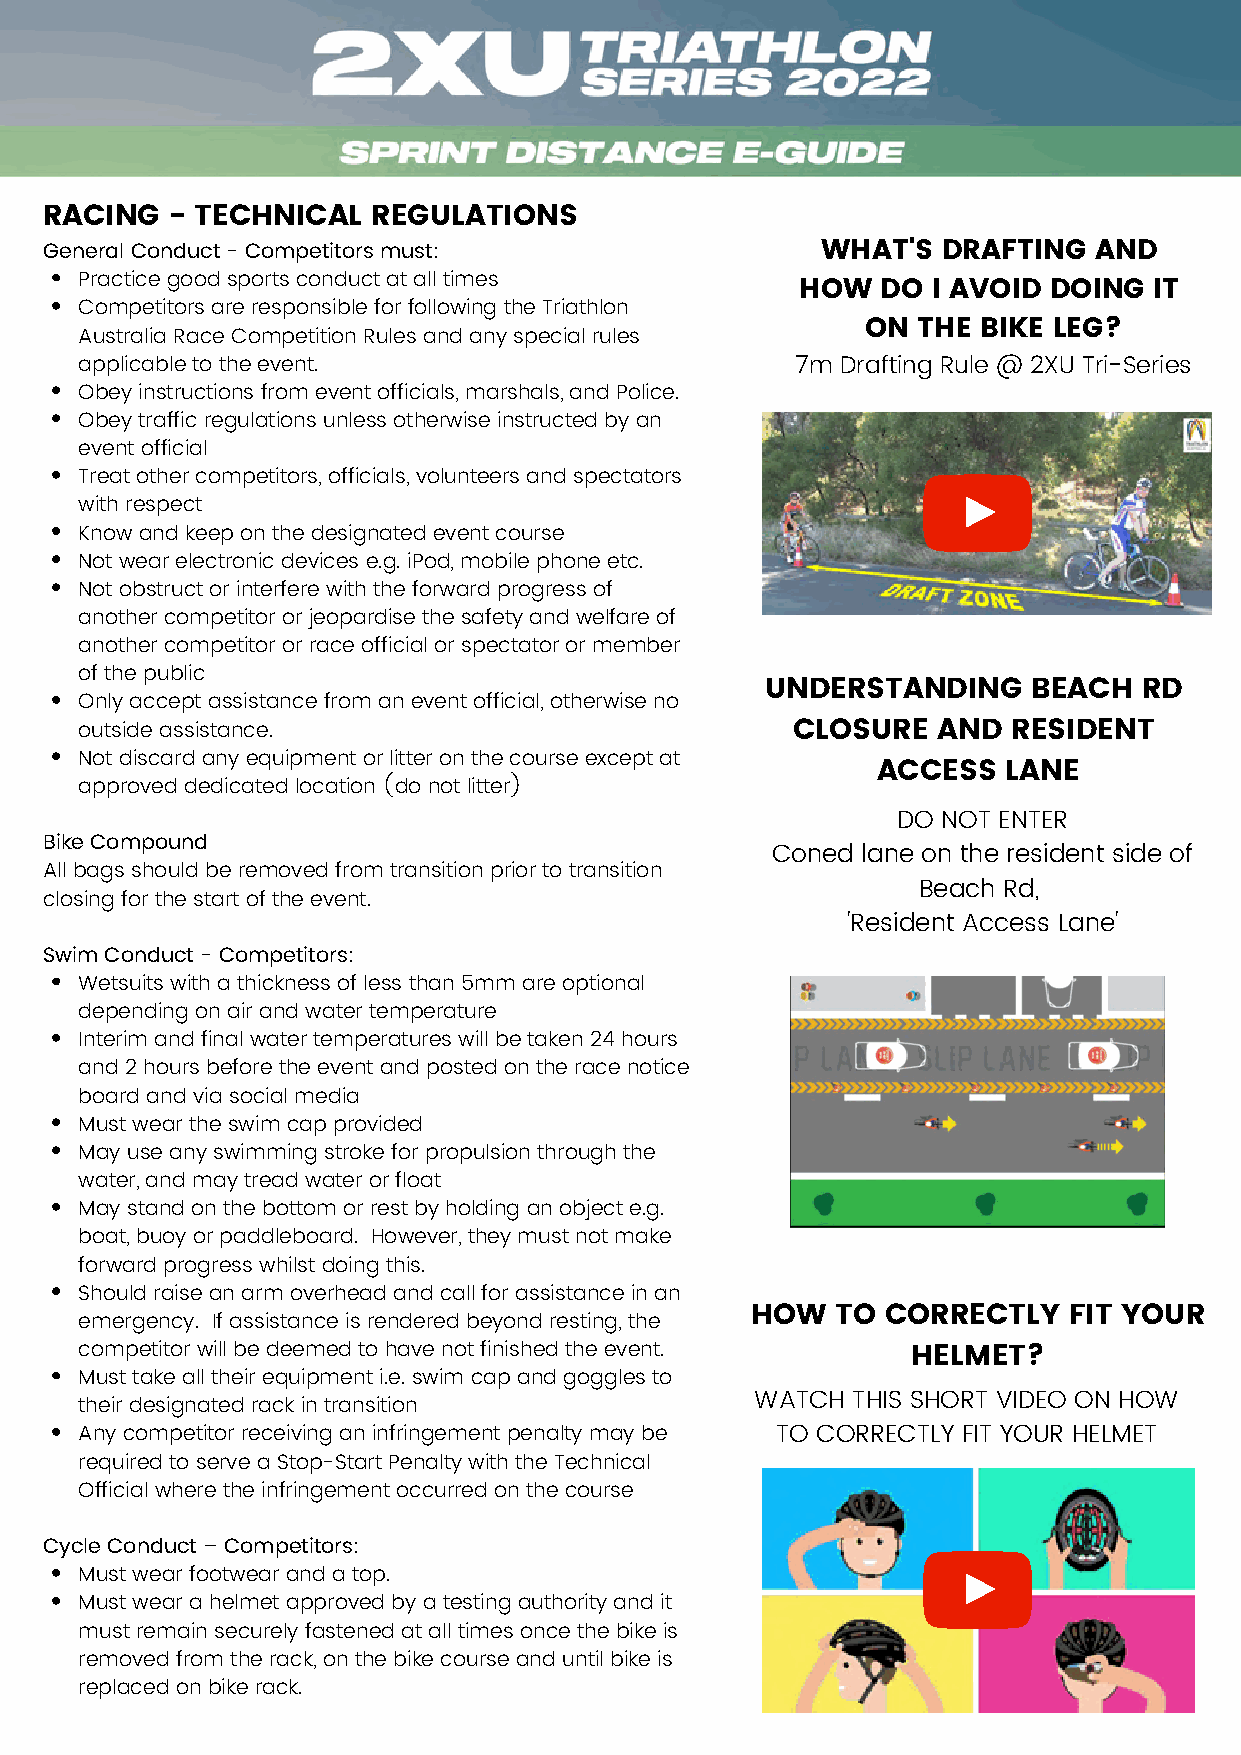
RACING  - TECHNICAL   REGULATIONS
 General Conduct - Competitors must:                WHAT'S  DRAFTING  AND
 Practice good sports conduct at all times
 HOW  DO  I AVOID DOING IT
 Competitors are responsible for following the Triathlon
 ON  THE BIKE LEG?
 Australia Race Competition Rules and any special rules
 applicable to the event.                        7m Drafting Rule @ 2XU Tri-Series
 Obey instructions from event officials, marshals, and Police.
 Obey traffic regulations unless otherwise instructed by an
 event official
 Treat other competitors, officials, volunteers and spectators
 with respect
 Know and keep on the designated event course
 Not wear electronic devices e.g. iPod, mobile phone etc.
 Not obstruct or interfere with the forward progress of
 another competitor or jeopardise the safety and welfare of
 another competitor or race official or spectator or member
 of the public
 UNDERSTANDING    BEACH   RD
 Only accept assistance from an event official, otherwise no
 outside assistance.                            CLOSURE   AND  RESIDENT
 Not discard any equipment or litter on the course except at
 ACCESS   LANE
 approved dedicated location (do not litter)
 DO NOT ENTER
 Bike Compound
 Coned lane on the resident side of
 All bags should be removed from transition prior to transition
 Beach Rd,
 closing for the start of the event.
 'Resident Access Lane'
 Swim Conduct - Competitors:
 Wetsuits with a thickness of less than 5mm are optional
 depending on air and water temperature
 Interim and final water temperatures will be taken 24 hours
 and 2 hours before the event and posted on the race notice
 board and via social media
 Must wear the swim cap provided
 May use any swimming stroke for propulsion through the
 water, and may tread water or float
 May stand on the bottom or rest by holding an object e.g.
 boat, buoy or paddleboard. However, they must not make
 forward progress whilst doing this.
 Should raise an arm overhead and call for assistance in an
 HOW  TO  CORRECTLY   FIT YOUR
 emergency. If assistance is rendered beyond resting, the
 competitor will be deemed to have not finished the event. HELMET?
 Must take all their equipment i.e. swim cap and goggles to
 WATCH THIS SHORT VIDEO ON HOW
 their designated rack in transition
 Any competitor receiving an infringement penalty may be TO CORRECTLY FIT YOUR HELMET
 required to serve a Stop-Start Penalty with the Technical
 Official where the infringement occurred on the course
 Cycle Conduct – Competitors:
 Must wear footwear and a top.
 Must wear a helmet approved by a testing authority and it
 must remain securely fastened at all times once the bike is
 removed from the rack, on the bike course and until bike is
 replaced on bike rack.